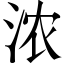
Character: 浓